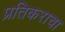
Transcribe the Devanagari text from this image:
प्रतिकराचा